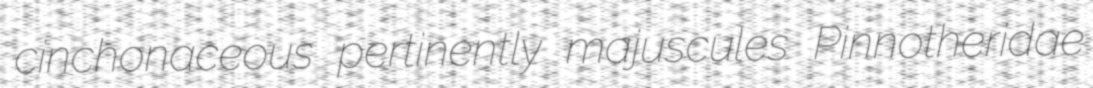
cinchonaceous pertinently majuscules Pinnotheridae